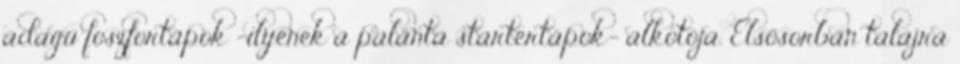
adagú foszfortápok -ilyenek a palánta startertápok- alkotója. Elsősorban talajra